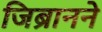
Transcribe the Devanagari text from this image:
जिब्रानने